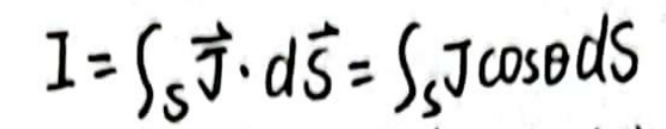
$I = \int_{S} \vec{J} \cdot d\vec{S} = \int_{S} J \cos\theta dS$